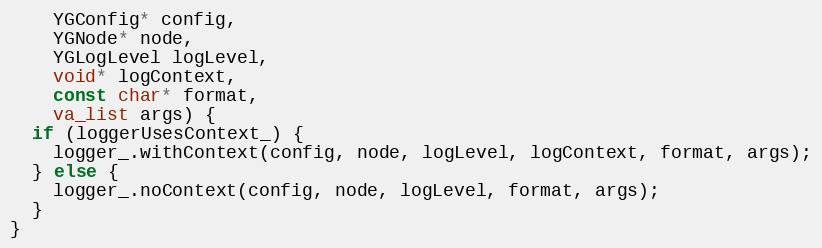
Language: C++
    YGConfig* config,
    YGNode* node,
    YGLogLevel logLevel,
    void* logContext,
    const char* format,
    va_list args) {
  if (loggerUsesContext_) {
    logger_.withContext(config, node, logLevel, logContext, format, args);
  } else {
    logger_.noContext(config, node, logLevel, format, args);
  }
}